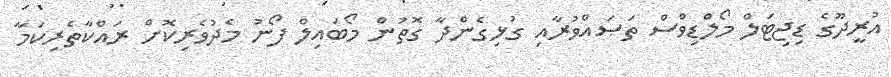
އުރީދޫގެ ޑިޖިޓަލް މޯލްޑިވްސް ތަޞައްވުރާއި ގުޅިގެންދާ ގޮތުން މޯބައިލް ފޯނު މެދުވެރިކޮށް ރައްކާތެރިކަމާ